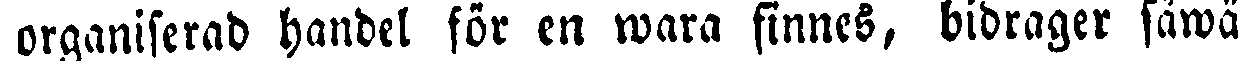
organiserad handel för en wara finnes, bidrager såwäl